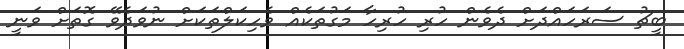
ބީޗު ސަރަހައްދަށް ދެވެން ހުރި ހުރިހާ މަގުތަކެއް ވެހިކަލްތަކަށް ނުވަދެވޭ ގޮތަށް ވަނީ